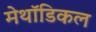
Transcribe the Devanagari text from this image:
मेथॉडिकल